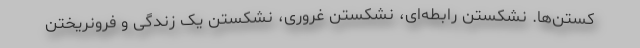
کستن‌ها. نشکستن رابطه‌ای، نشکستن غروری، نشکستن یک زندگی و فرونریختن